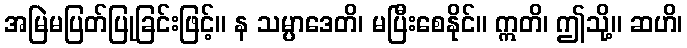
အမြဲမပြတ်ပြုခြင်းဖြင့်။ န သမ္ပာဒေတိ၊ မပြီးစေနိုင်။ ဣတိ၊ ဤသို့။ ဆဟိ၊